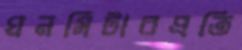
ঘনমিটারপ্রতি